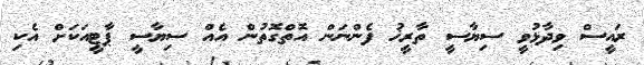
ރައީސް ވިދާޅުވީ ސިޔާސީ ތާރީޚު ފެންނަން އޮތްގޮތުން އެއް ސިޔާސީ ޕާޓީއަކަށް އެކި